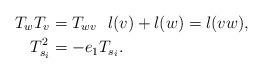
LaTeX: \begin{align*}T_wT_v&=T_{wv} \ \ l(v)+l(w)=l(vw),\\T_{s_i}^2&=-e_1T_{s_i}.\end{align*}